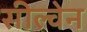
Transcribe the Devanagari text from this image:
सील्वेन